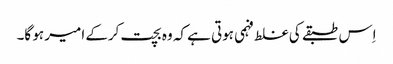
اِس طبقے کی غلط فہمی ہوتی ہے کہ وہ بچت کرکے امیر ہو گا۔